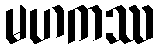
မဟကဿ